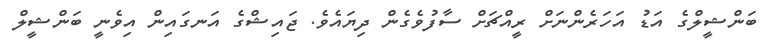
ބަންޝީލްގެ އަޑު އަހަރެންނަށް ރީއްޗަށް ސާފުވެގެން ދިޔައެވެ. ޖައިޝްގެ އަނގައިން އިވެނީ ބަންޝީލް